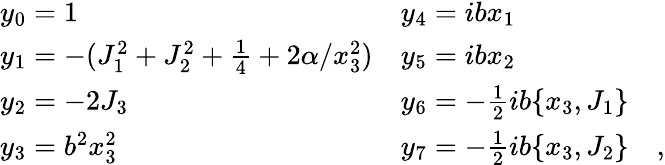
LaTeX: \begin{array}{ll}{{y_{0}=1}}&{{y_{4}=ibx_{1}}}\\ {{y_{1}=-(J_{1}^{2}+J_{2}^{2}+\frac{1}{4}+2\alpha/x_{3}^{2})}}&{{y_{5}=ibx_{2}}}\\ {{y_{2}=-2J_{3}}}&{{y_{6}=-\frac{1}{2}ib\{ x_{3},J_{1}\} }}\\ {{y_{3}=b^{2}x_{3}^{2}}}&{{y_{7}=-\frac{1}{2}ib\{ x_{3},J_{2}\} \quad,}}\end{array}